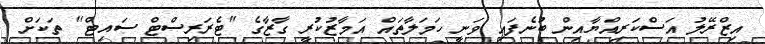
އިޒްރޭލު އަސްކަރިއްޔާއިން ބުނެފައި ވަނީ ހަމަލާތައް އަމާޒުކުރީ ގާޒާގެ "ޓެރަރިސްޓް ސައިޓް" ތަކަށް